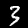
Label: 3